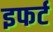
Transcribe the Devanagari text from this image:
इफर्ट